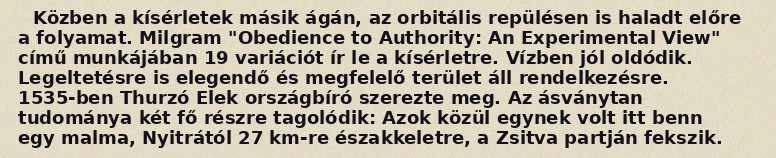
Közben a kísérletek másik ágán, az orbitális repülésen is haladt előre a folyamat. Milgram "Obedience to Authority: An Experimental View" című munkájában 19 variációt ír le a kísérletre. Vízben jól oldódik. Legeltetésre is elegendő és megfelelő terület áll rendelkezésre. 1535-ben Thurzó Elek országbíró szerezte meg. Az ásványtan tudománya két fő részre tagolódik: Azok közül egynek volt itt benn egy malma, Nyitrától 27 km-re északkeletre, a Zsitva partján fekszik.